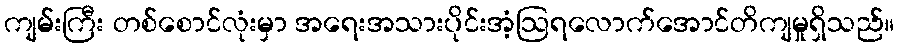
ကျမ်းကြီး တစ်စောင်လုံးမှာ အရေးအသားပိုင်းအံ့ဩရလောက်အောင်တိကျမှုရှိသည်။